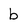
Character: b